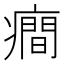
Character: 癎